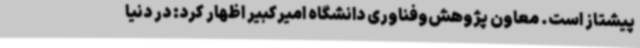
پیشتاز است. معاون پژوهش‌وفناوری دانشگاه امیرکبیر اظهار کرد: در دنیا